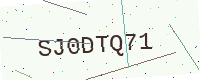
Text: SJ0DTQ71